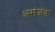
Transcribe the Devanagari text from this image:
असंजंक